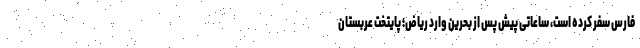
فارس سفر کرده است، ساعاتی پیش پس از بحرین وارد ریاض؛ پایتخت عربستان